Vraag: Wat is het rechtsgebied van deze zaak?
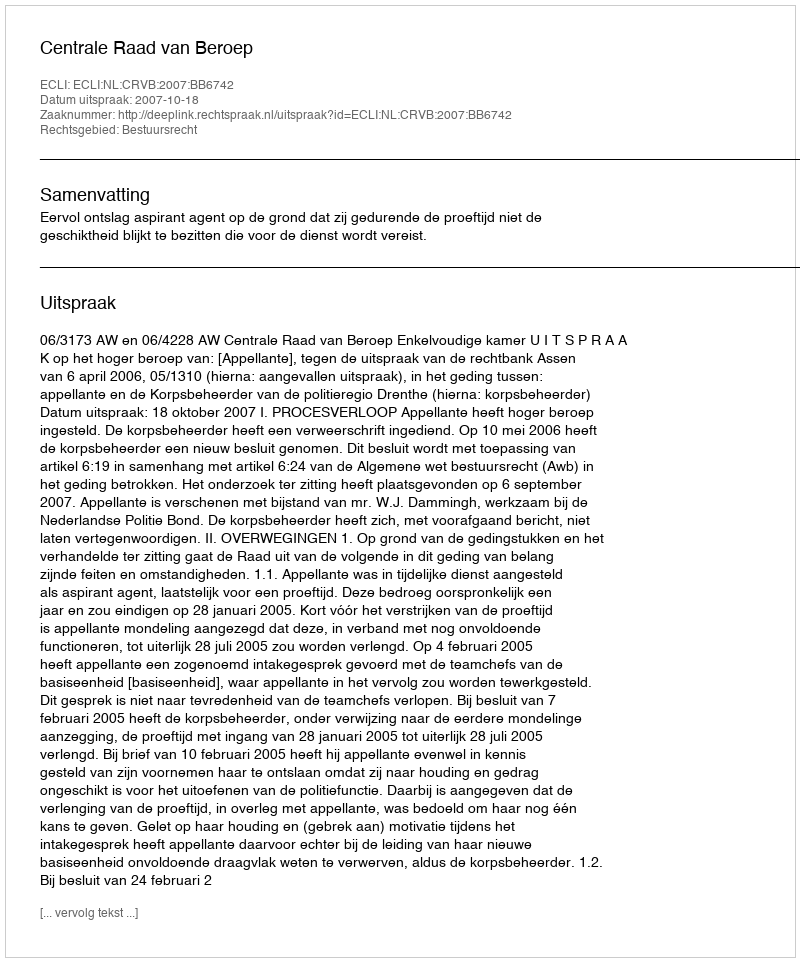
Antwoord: Bestuursrecht